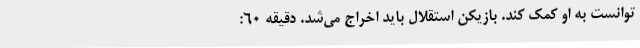
توانست به او کمک کند. بازیکن استقلال باید اخراج می‌شد. دقیقه 60: